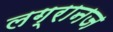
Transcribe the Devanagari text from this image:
लग्रानज